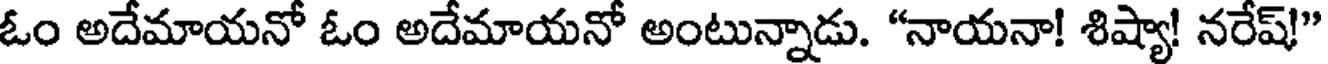
ఓం అదేమాయనో ఓం అదేమాయనో అంటున్నాడు. "నాయనా! శిష్యా! నరేష్!"